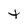
Character: t